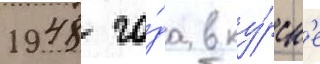
1948 го́да в ку́рск'е